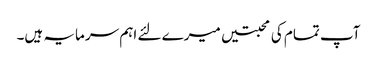
آپ تمام کی محبتیں میرے لئے اہم سرمایہ ہیں۔